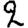
Digit: 2